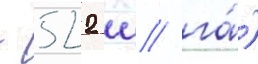
- 522 ц/ га́)